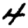
Digit: 4